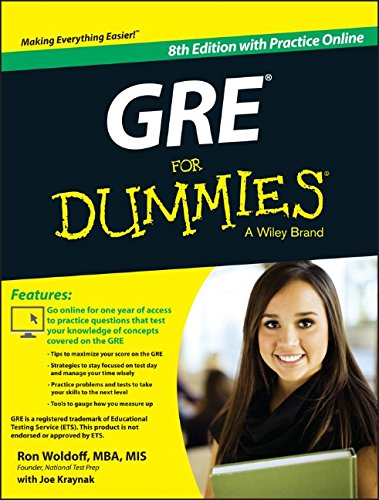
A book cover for GRE For Dummies: with Online Practice Tests; Ron Woldoff; Test Preparation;